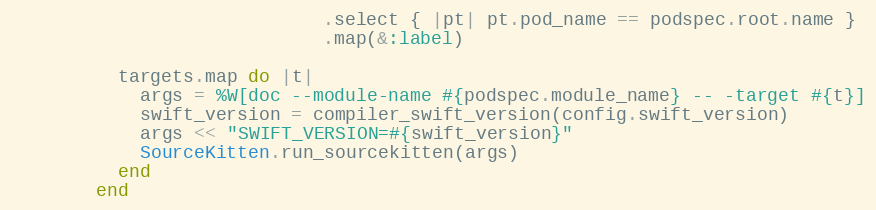
Language: Ruby
                             .select { |pt| pt.pod_name == podspec.root.name }
                             .map(&:label)

          targets.map do |t|
            args = %W[doc --module-name #{podspec.module_name} -- -target #{t}]
            swift_version = compiler_swift_version(config.swift_version)
            args << "SWIFT_VERSION=#{swift_version}"
            SourceKitten.run_sourcekitten(args)
          end
        end